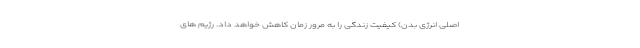
اصلی انرژی بدن) کیفیت زندگی را به مرور زمان کاهش خواهد داد. رژیم های